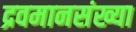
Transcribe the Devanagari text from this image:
द्रवमानसंख्या